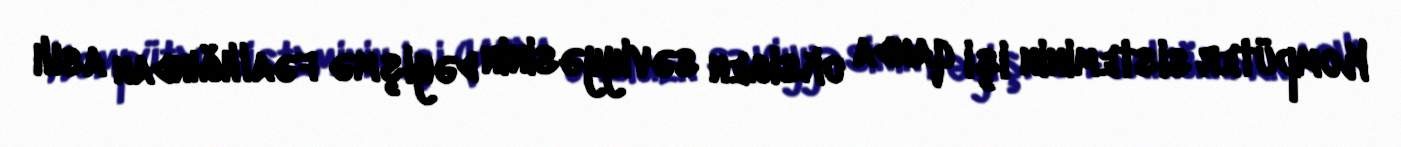
Kompüter sisteminin işi qanda oksigen səviyyəsinin dəyişmə fəallığından asılı